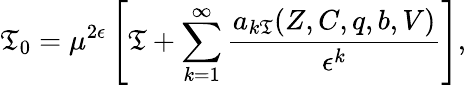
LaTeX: \mathfrak{T}_{0}=\mu^{2\epsilon}\left[\mathfrak{T}+\sum_{k=1}^{\infty}\frac{{a_{k\mathfrak{T}}(Z,C,q,b,V)}}{{\epsilon^{k}}}\right],